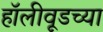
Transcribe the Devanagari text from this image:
हॉलीवूडच्या